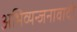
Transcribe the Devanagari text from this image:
अभिव्यन्जनावादी